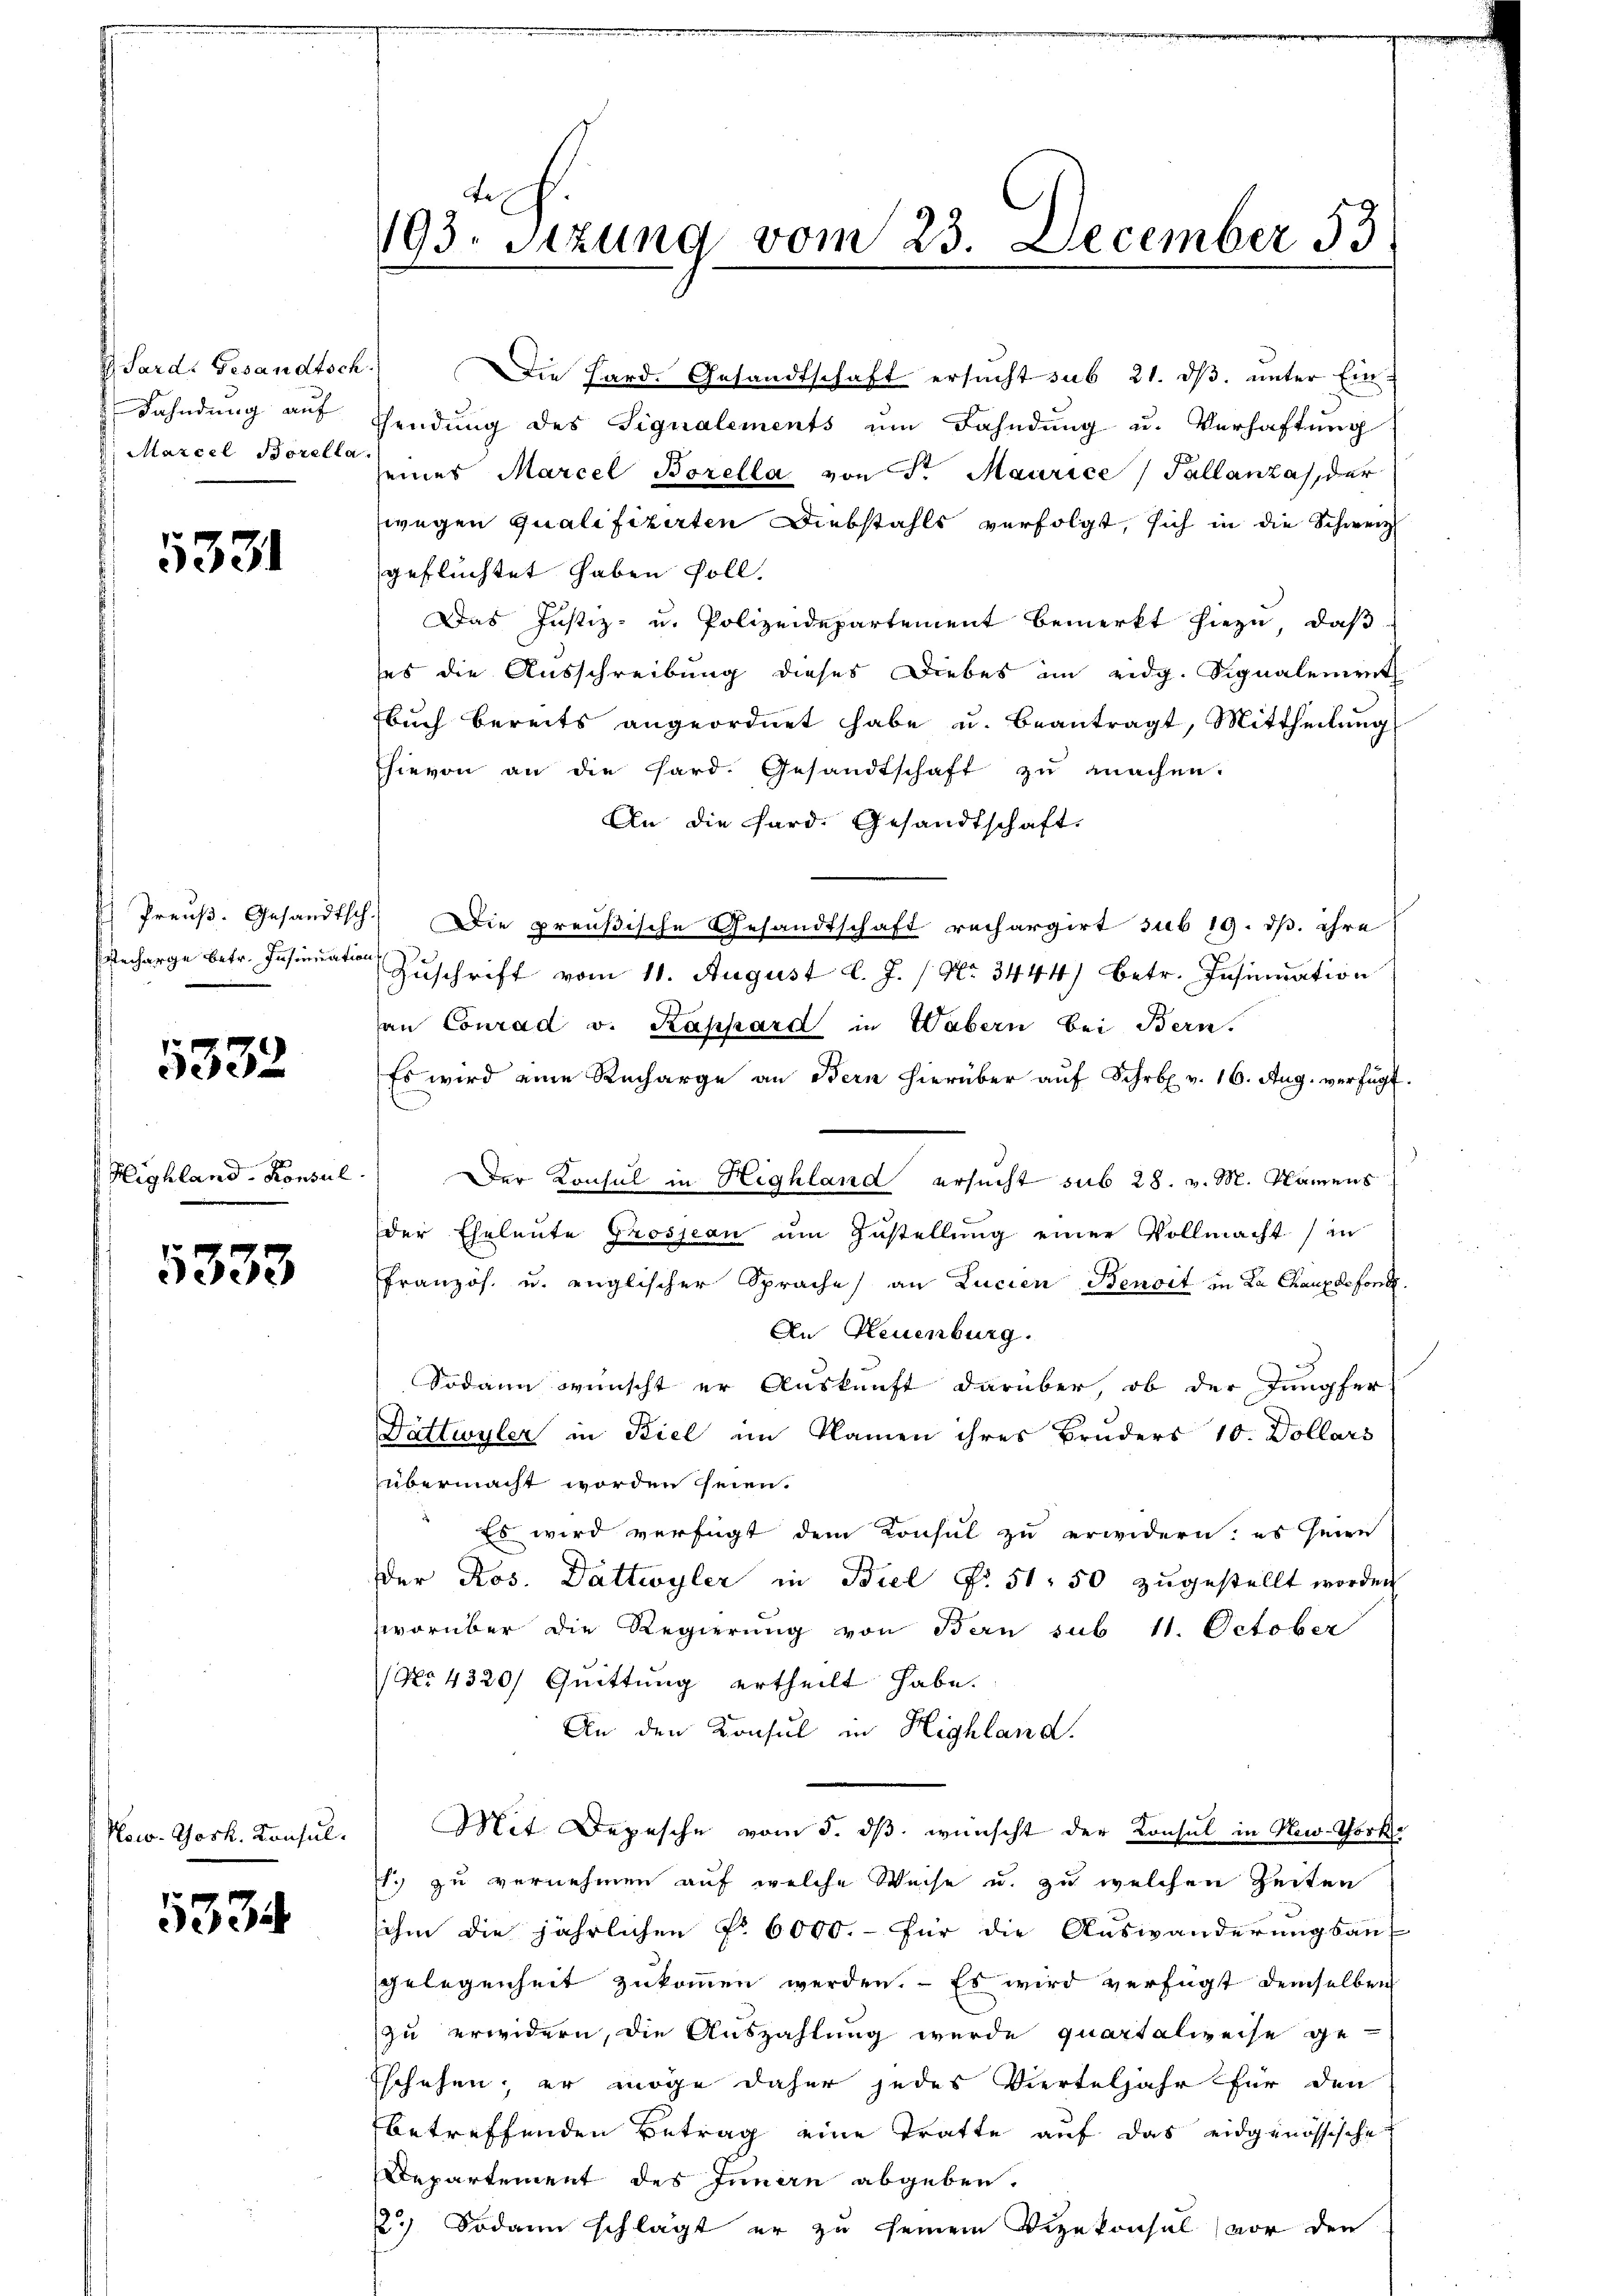
Sardi Gesandtsch.
Fahndung auf
Marcel Borella

5331

Preuß. Gesandtsch
echarge betr. Insinuatio

5332

Highland- Konsul

5333

Now. Gosk. Konsul

5334

193. Sitzung vom 23. December 53

Die Hard. Gesandtschaft ersucht sub 21. ds. unter Ein-
sendung des Signalements um Fahndung u. Verhaftung
seines Marcel Borella von Fr. Maurice) Tallanza, der
wegen Qualifizirten Diebstahls verfolgt, sich in die Schweiz
geflüchtet haben soll.
Das Justiz- u. Polizeidepartement bemerkt hiezu, daß
ses die Ausschreibung dieses Diebes im eidg. Signalement
buch bereits angeordnet habe u. beantragt, Mittheilung
hievon an die Hard. Gesandtschaft zŭ machen.
An die Hard. Gesandtschaft.
Die preußische Gesandtschaft rechargirt sub 19. dß. ihre
Zuschrift vom 11. August l. J. / No. 3444) betr. Insinuation
an Conrad v. Kappard in Wäbern bei Bern.
Es wird eine Recharge an Bern hierüber auf Schrbr. v. 16. Aug. verfügt.
Der Konsul in Highland ersucht sub 28. v. M. Namens
der Eheleute Grossian um Zustellung einer Vollmacht (in
französ. u. englischer Sprache an Lucien Benoit in La Chauxdefond.
An Neuenburg.
Sodann wünscht er Auskunft darüber, ob der Jungfer
Dättwyler in Biel im Namen ihres Bruders 10. Dollars
übermacht worden seien.
Es wird verfügt dem Konsul zu erwidern; es seine
Der Ros. Dättwyler in Biel S. 51. 50 zugestellt worden
worüber die Regierung von Bern sub 11. October
No 4320/ Quittung ertheilt habe.
An den Konsul in Highland.
Mit Depesche vom 5. ds. wünscht der Konsul in New-York
1. zu vernehmen auf welche Weise u. zu welchen Zeiten
ihm die jährlichen P. 6000.- für die Auswanderungsau
gelegenheit zukommen werden. - Es wird verfügt demselben
zu erwidern, die Auszahlung wurde quartalweise ge-
Eschehen, er möge daher jedes Vierteljahr für den
betreffenden Betrag eine Tratte auf das eidgenössische
Repartement des Innen abgeben.
2.) Sodann schlägt er zu seinem Vizekonsul vor den